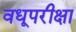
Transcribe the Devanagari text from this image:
वधूपरीक्षा